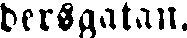
dersgatan.